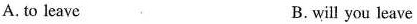
A.to leave B. will you leave